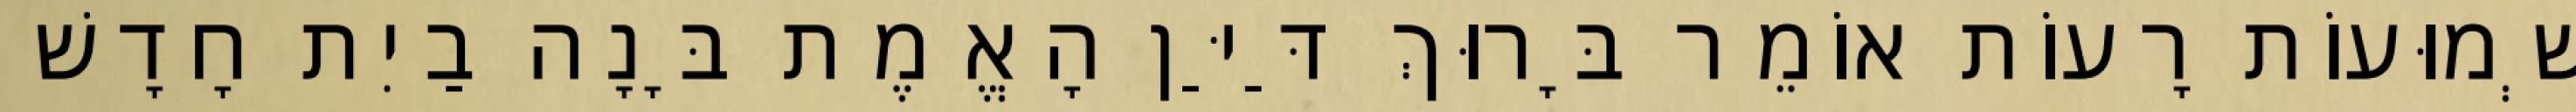
שְׁמוּעוֹת רָעוֹת אוֹמֵר בָּרוּךְ דַּיַּן הָאֱמֶת בָּנָה בַיִת חָדָשׁ